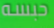
حبسه